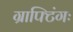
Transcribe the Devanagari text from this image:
ग्राफ्टिंगः